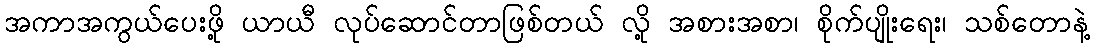
အကာအကွယ်ပေးဖို့ ယာယီ လုပ်ဆောင်တာဖြစ်တယ် လို့ အစားအစာ၊ စိုက်ပျိုးရေး၊ သစ်တောနဲ့